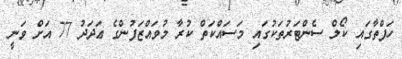
ހަފްތާގައި ކޯލް ސެންޓަރުތަކުގައި މަސައްކަތް ކުރާ މުވައްޒަފުންގެ ޢަދަދު 77 އަށް ވަނީ